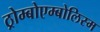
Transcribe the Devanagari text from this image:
ठ्रोम्बोएम्बोलिस्म